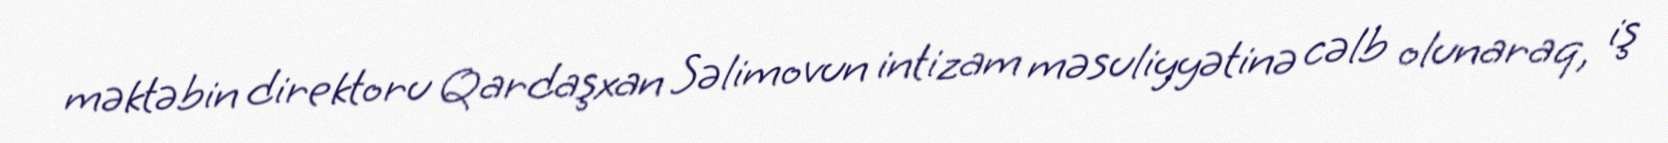
məktəbin direktoru Qardaşxan Səlimovun intizam məsuliyyətinə cəlb olunaraq, iş